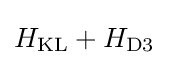
H_{\text{KL}}+H_{{\text{D}}3}